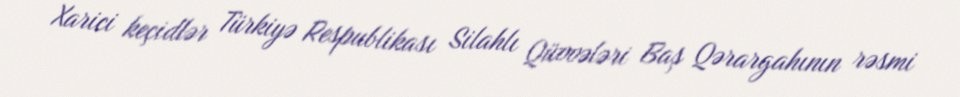
Xarici keçidlər Türkiyə Respublikası Silahlı Qüvvələri Baş Qərargahının rəsmi